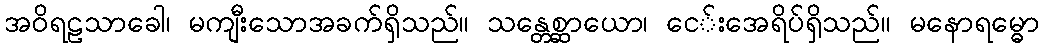
အဝိရဠသာခေါ၊ မကျီးသောအခက်ရှိသည်။ သန္တေစ္ဆာယော၊ ငေ်းအေရိပ်ရှိသည်။ မနောရမ္ဓော